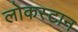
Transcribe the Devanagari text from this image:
लोकस्टान